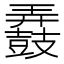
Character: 𲎚